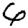
Digit: 6